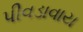
પીવડાવાય